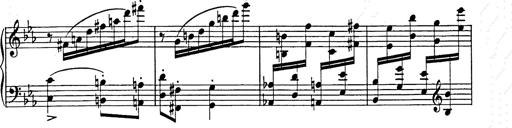
Title: Hungarian Rhapsody No.9
Composer: Franz Liszt
Key: E-flat major